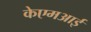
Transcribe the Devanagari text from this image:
केएमआई